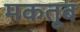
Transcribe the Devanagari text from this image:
मकतूब